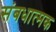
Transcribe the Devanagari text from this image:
संबधात्मक